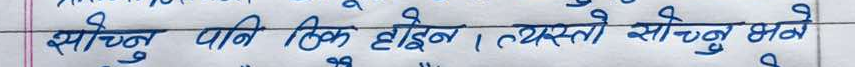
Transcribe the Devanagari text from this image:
सोच्नु पनि ठिक होइन। त्यस्तो सोच्नु भने